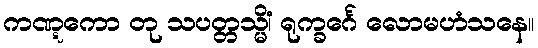
ကဏ္ဋကော တု သပတ္တသ္မိံ၊ ရုက္ခင်္ဂေ လောမဟံသနေ။